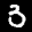
Label: 3